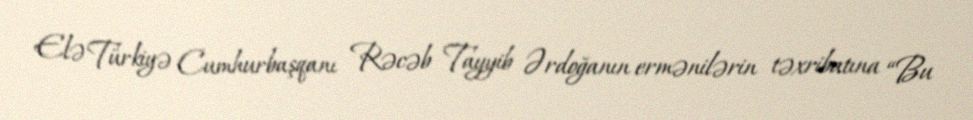
Elə Türkiyə Cumhurbaşqanı Rəcəb Tayyib Ərdoğanın ermənilərin təxribatına “Bu